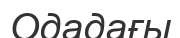
Одадағы